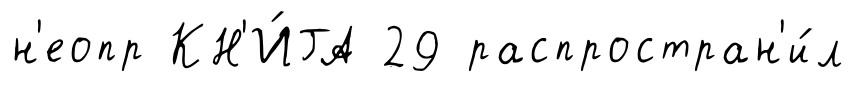
н'еопр КН'И́ГА 29 распростран'и́л